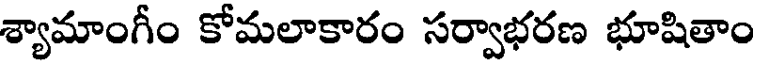
శ్యామాంగీం కోమలాకారం సర్వాభరణ భూషితాం